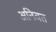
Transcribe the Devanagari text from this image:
अनिवत